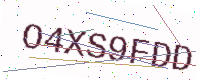
Text: O4XS9FDD